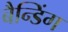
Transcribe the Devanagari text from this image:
बैन्डिंग